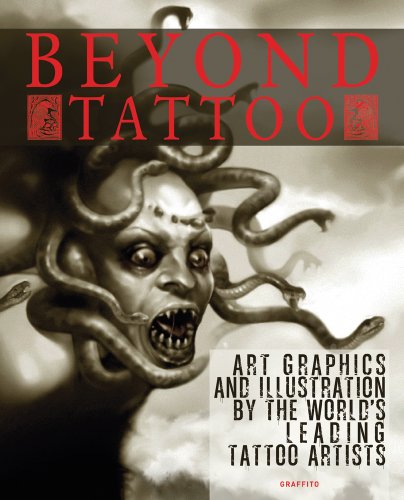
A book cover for Beyond Tattoo: Art, Graphics and Illustration by the World's Leading Tattoo Artists; Allan Graves; Arts & Photography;